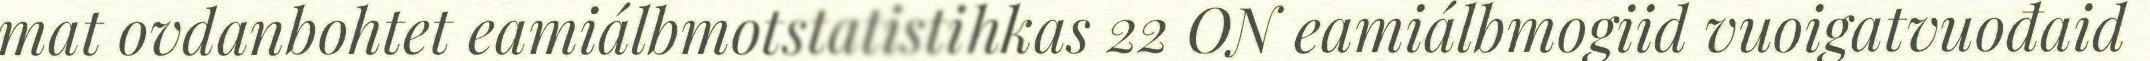
mat ovdanbohtet eamiálbmotstatistihkas 22 ON eamiálbmogiid vuoigatvuođaid